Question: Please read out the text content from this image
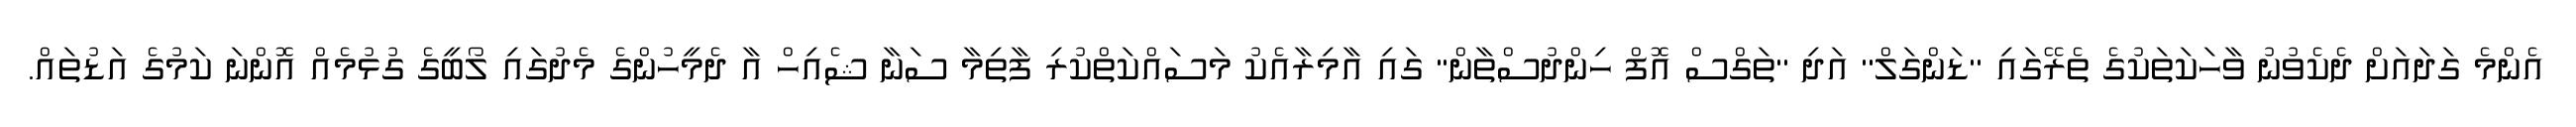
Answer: އެންމެ ގަދައަށް ދެކެވުނު ވާހަކަތަކުގެ ތެރޭގައި ''ޑަންގަލް'' އަދި ''ތަގްސް އޮފް ހިންދުސްތާން'' ގައި އާމިރާއެކު މަސައްކަތްކުރި ފާތިމާ ސަނާ ޝެއިހް އާ ދެމީހުންގެ މެދުގައި ލޯބީގެ ގުޅުމެއް އޮންނަ ކަމުގެ އަޑުތައް.